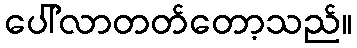
ပေါ်လာတတ်တော့သည်။